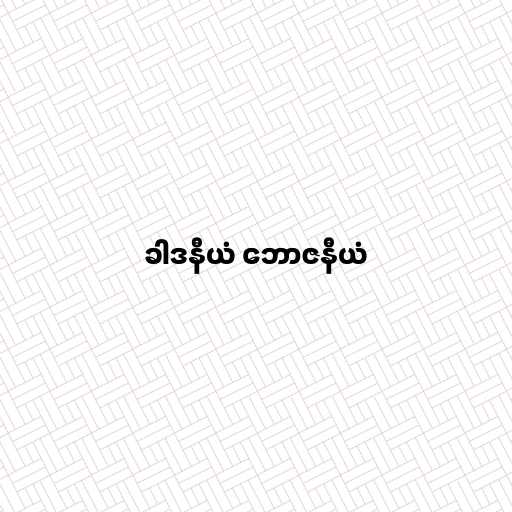
ခါဒနီယံ ဘောဇနီယံ